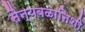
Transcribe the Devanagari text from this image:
सैन्यबळानिशी